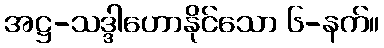
အဋ္ဌ-သဒ္ဒါဟောနိုင်သော ၆-နက်။